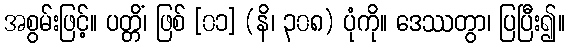
အစွမ်းဖြင့်။ ပတ္တိံ၊ ဖြစ် [၀၁] (နိ၊ ၃၀၈) ပုံကို။ ဒေဿတွာ၊ ပြပြီး၍။